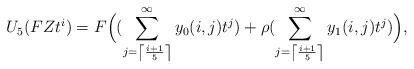
LaTeX: \begin{align*}U_5(FZ t^i)=F\Big((\sum_{j=\left\lceil \frac{i+1}{5}\right\rceil}^\infty y_0(i,j)t^j)+\rho(\sum_{j=\left\lceil \frac{i+1}{5}\right\rceil}^\infty y_1(i,j)t^j) \Big),\end{align*}